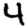
Digit: 4